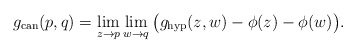
\begin{align*}g_{\mathrm{can}}(p,q)=\lim_{z\rightarrow p}\lim_{w\rightarrow q}\big(g_{\mathrm{hyp}}(z,w)-\phi(z)-\phi(w)\big).\end{align*}